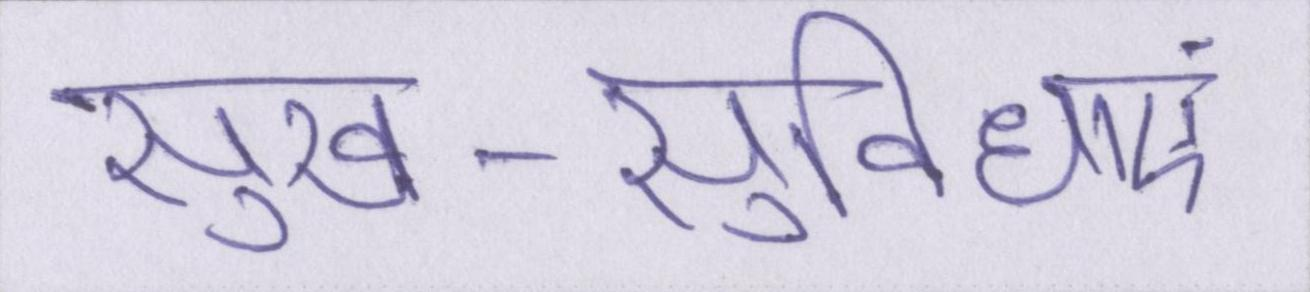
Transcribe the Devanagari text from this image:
सुख-सुविधाएं